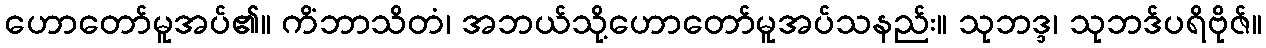
ဟောတော်မူအပ်၏။ ကိံဘာသိတံ၊ အဘယ်သို့ဟောတော်မူအပ်သနည်း။ သုဘဒ္ဒ၊ သုဘဒ်ပရိဗိုဇ်။